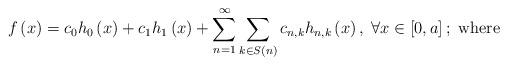
LaTeX: \begin{align*}f\left(x\right)=c_{0}h_{0}\left(x\right)+c_{1}h_{1}\left(x\right)+\sum_{n=1}^{\infty}\sum_{k\in S\left(n\right)}c_{n,k}h_{n,k}\left(x\right),\;\forall x\in\left[0,a\right];\mbox{ where}\end{align*}